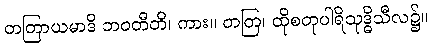
တတြာယမာဒိ ဘဝတီတိ၊ ကား။ တတြ၊ ထိုစတုပါရိသုဒ္ဓိသီလ၌။